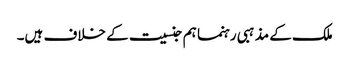
ملک کے مذہبی رہنما ہم جنسیت کے خلاف ہیں۔